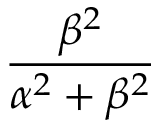
\frac { \beta ^ { 2 } } { \alpha ^ { 2 } + \beta ^ { 2 } }